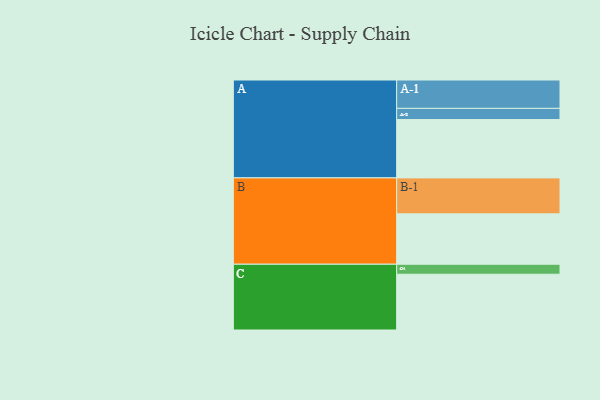
{"axis": {"x": "Segment", "y": "Value"}, "legend": ["", "A", "B", "C"], "data": [{"x": "A", "y": 479, "type": ""}, {"x": "B", "y": 414, "type": ""}, {"x": "C", "y": 458, "type": ""}, {"x": "A-1", "y": 233, "type": "A"}, {"x": "A-2", "y": 92, "type": "A"}, {"x": "B-1", "y": 295, "type": "B"}, {"x": "C-1", "y": 82, "type": "C"}]}